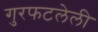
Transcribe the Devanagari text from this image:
गुरफटलेली